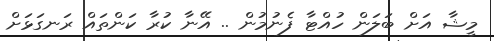
މީޝާ އަށް ބަލަން ހުއްޓާ ފެނުމުން .. އޭނާ ކުރާ ކަންތައް ރަނގަޅަށް